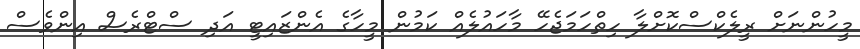
މީހުންނަށް ރީލެކްސްކޮށްލާ ހިތްހަމަޖެހޭ މާހައުލެއް ކަމުން މީހާގެ އެންޒައިޓީ އަދި ސްޓްރެސް އިންވެސް